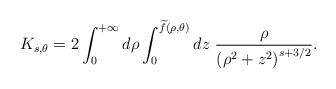
\begin{align*}K_{s,\theta} = 2\int_0^{+\infty}d\rho\int_0^{\widetilde{f}(\rho,\theta)} dz\;\frac{\rho}{\left(\rho^2+z^2\right)^{s+3/2}}.\end{align*}